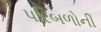
પરિબળોની